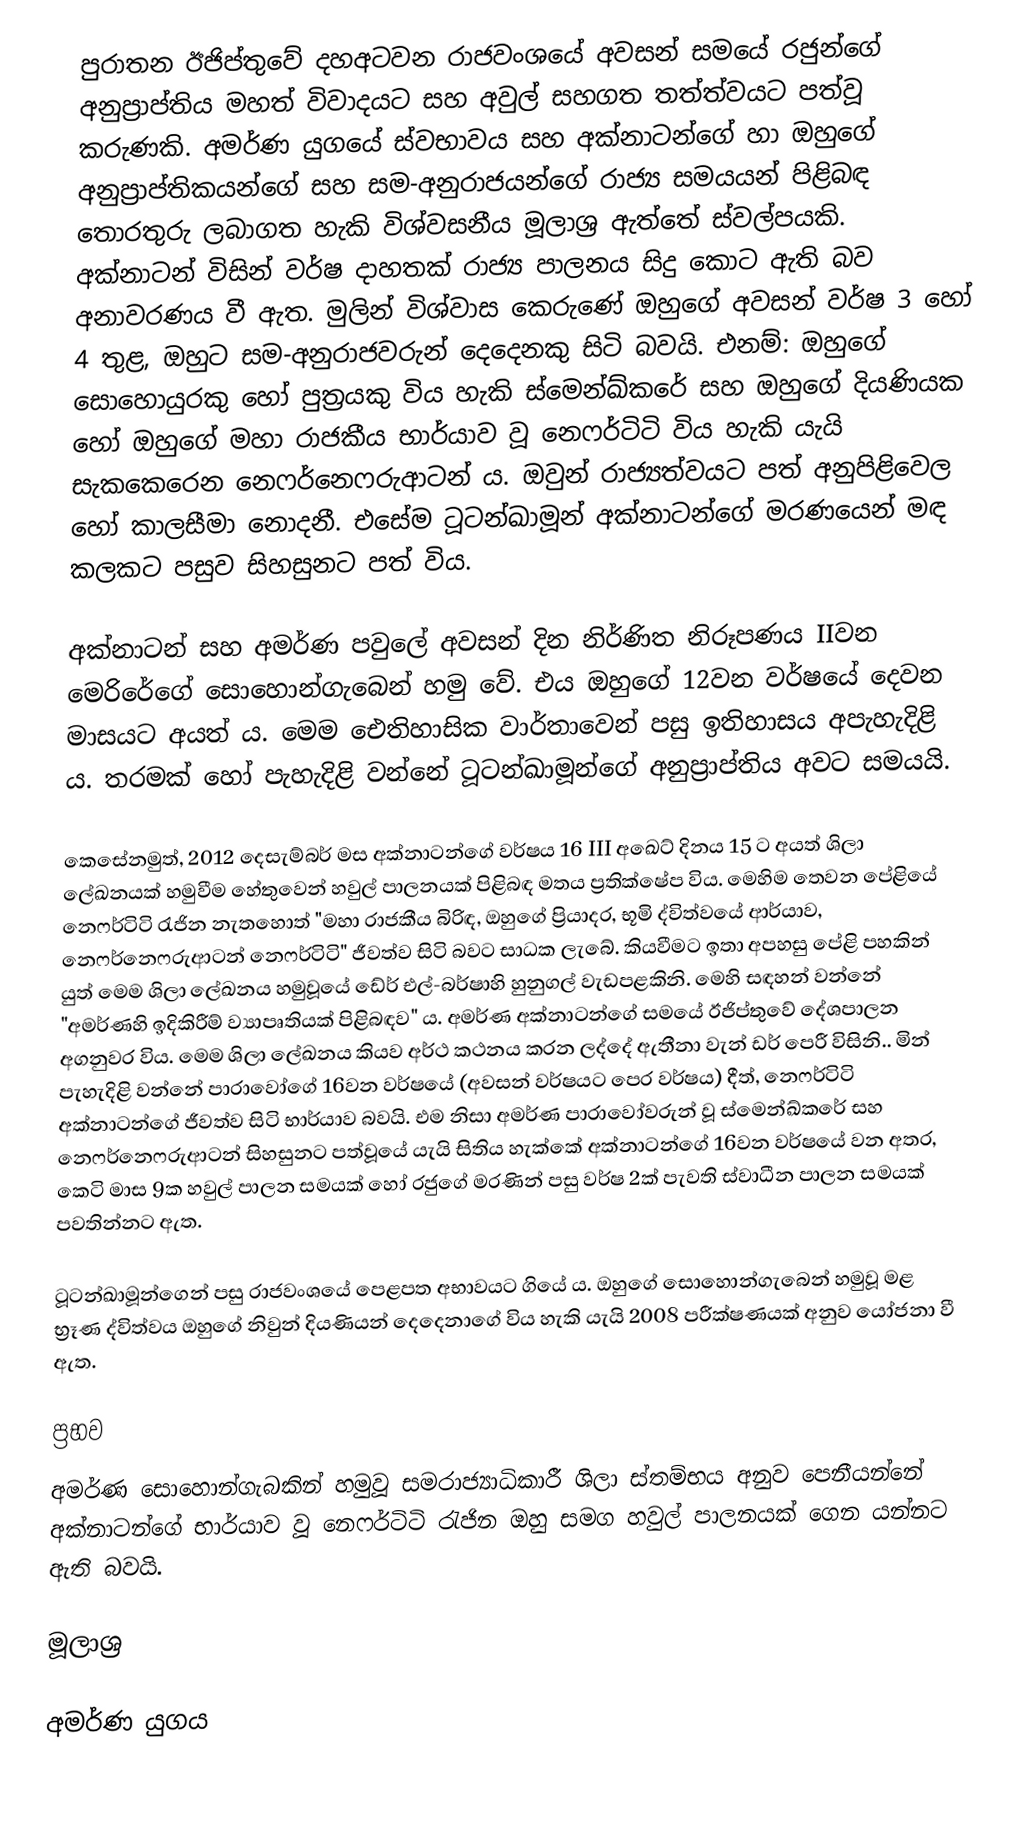
පුරාතන ඊජිප්තුවේ දහඅටවන රාජවංශයේ අවසන් සමයේ රජුන්ගේ අනුප්‍රාප්තිය මහත් විවාදයට සහ අවුල් සහගත තත්ත්වයට පත්වූ ‍කරුණකි. අමර්ණ යුගයේ ස්වභාවය සහ අක්නාටන්ගේ හා ඔහුගේ අනුප්‍රාප්තිකයන්ගේ සහ සම-අනුරාජයන්ගේ රාජ්‍ය සමයයන් පිළිබඳ තොරතුරු ලබාගත හැකි විශ්වසනීය මූලාශ්‍ර ඇත්තේ ස්වල්පයකි. අක්නාටන් විසින් වර්ෂ දාහතක් රාජ්‍ය පාලනය සිදු කොට ඇති බව අනාවරණය වී ඇත. මුලින් විශ්වාස කෙරුණේ ඔහුගේ අවසන් වර්ෂ 3 හෝ 4 තුළ, ඔහුට සම-අනුරාජවරුන් දෙදෙනකු සිටි බවයි. එනම්: ඔහුගේ සොහොයුරකු හෝ පුත්‍රයකු විය හැකි ස්මෙන්ඛ්කරේ සහ ඔහුගේ දියණියක හෝ ඔහුගේ මහා රාජකීය භාර්යාව වූ නෙෆර්ටිටි විය හැකි යැයි සැකකෙරෙන නෙෆර්නෙෆරුආටන් ය. ඔවුන් රාජ්‍යත්වයට පත් අනුපිළිවෙල හෝ කාලසීමා නොදනී. එසේම ටූටන්ඛාමූන් අක්නාටන්ගේ මරණයෙන් මඳ කලකට පසුව සිහසුනට පත් විය.

අක්නාටන් සහ අමර්ණ පවුලේ අවසන් දින නිර්ණිත නිරූපණය IIවන මෙරිරේගේ සොහොන්ගැබෙන් හමු වේ. එය ඔහුගේ 12වන වර්ෂයේ දෙවන මාසයට අයත් ය. මෙම ඓතිහාසික වාර්තාවෙන් පසු ඉතිහාසය අපැහැදිළි ය. තරමක් හෝ පැහැදිළි වන්නේ ටූටන්ඛාමූන්ගේ අනුප්‍රාප්තිය අවට සමයයි.

කෙසේනමුත්, 2012 දෙසැම්බර් මස අක්නාටන්ගේ වර්ෂය 16 III අඛෙට් දිනය 15 ට අයත් ශිලා ලේඛනයක් හමුවීම හේතුවෙන් හවුල් පාලනයක් පිළිබඳ මතය ප්‍රතික්ෂේප විය. මෙහිම තෙවන පේළියේ නෙෆර්ටිටි රැජින නැතහොත් "මහා රාජකීය බිරිඳ, ඔහුගේ ප්‍රියාදර, භූමි ද්විත්වයේ ආර්යාව, නෙෆර්නෙෆරුආටන් නෙෆර්ටිටි" ජීවත්ව සිටි බවට සාධක ලැබේ. කියවීමට ඉතා අපහසු පේළි පහකින් යුත් මෙම ශිලා ලේඛනය හමුවූයේ ඩේර් එල්-බර්ෂාහි හුනුගල් වැඩපළකිනි. මෙහි සඳහන් වන්නේ "අමර්ණහි ඉදිකිරීම් ව්‍යාපෘතියක් පිළිබඳව" ය. අමර්ණ අක්නාටන්ගේ සමයේ ඊජිප්තුවේ දේශපාලන අගනුවර විය. මෙම ශිලා ලේඛනය කියව අර්ථ කථනය කරන ලද්දේ ඇතීනා වැන් ඩර් පෙරී විසිනි.. ‍මින් පැහැදිළි වන්නේ පාරාවෝගේ 16වන වර්ෂයේ (අවසන් වර්ෂයට පෙර වර්ෂය) දීත්, නෙෆර්ටිටි අක්නාටන්ගේ ජීවත්ව සිටි භාර්යාව බවයි. එම නිසා අමර්ණ පාරාවෝවරුන් වූ ස්මෙන්ඛ්කරේ සහ නෙෆර්නෙෆරුආටන් සිහසුනට පත්වූයේ යැයි සිතිය හැක්කේ අක්නාටන්ගේ 16වන වර්ෂයේ වන අතර, කෙටි මාස 9ක හවුල් පාලන සමයක් හෝ රජුගේ ‍මරණින් පසු වර්ෂ 2ක් පැවති ස්වාධීන පාලන සමයක් පවතින්නට ඇත.

ටූටන්ඛාමූන්ගෙන් පසු රාජවංශයේ පෙළපත අභාවයට ගියේ ය. ඔහුගේ සොහොන්ගැබෙන් හමුවූ මළ භ්‍රෑණ ද්විත්වය ඔහුගේ නිවුන් දියණියන් දෙදෙනාගේ විය හැකි යැයි 2008 පරීක්ෂණයක් අනුව යෝජනා වී ඇත.

ප්‍රභව
අමර්ණ සොහොන්ගැබකින් හමුවූ සමරාජ්‍යාධිකාරී ශිලා ස්තම්භය අනුව පෙනීයන්නේ අක්නාටන්ගේ භාර්යාව වූ නෙෆර්ටිටි රැජින ඔහු සමග හවුල් පාලනයක් ගෙන යන්නට ඇති බවයි.

මූලාශ්‍ර

අමර්ණ යුගය